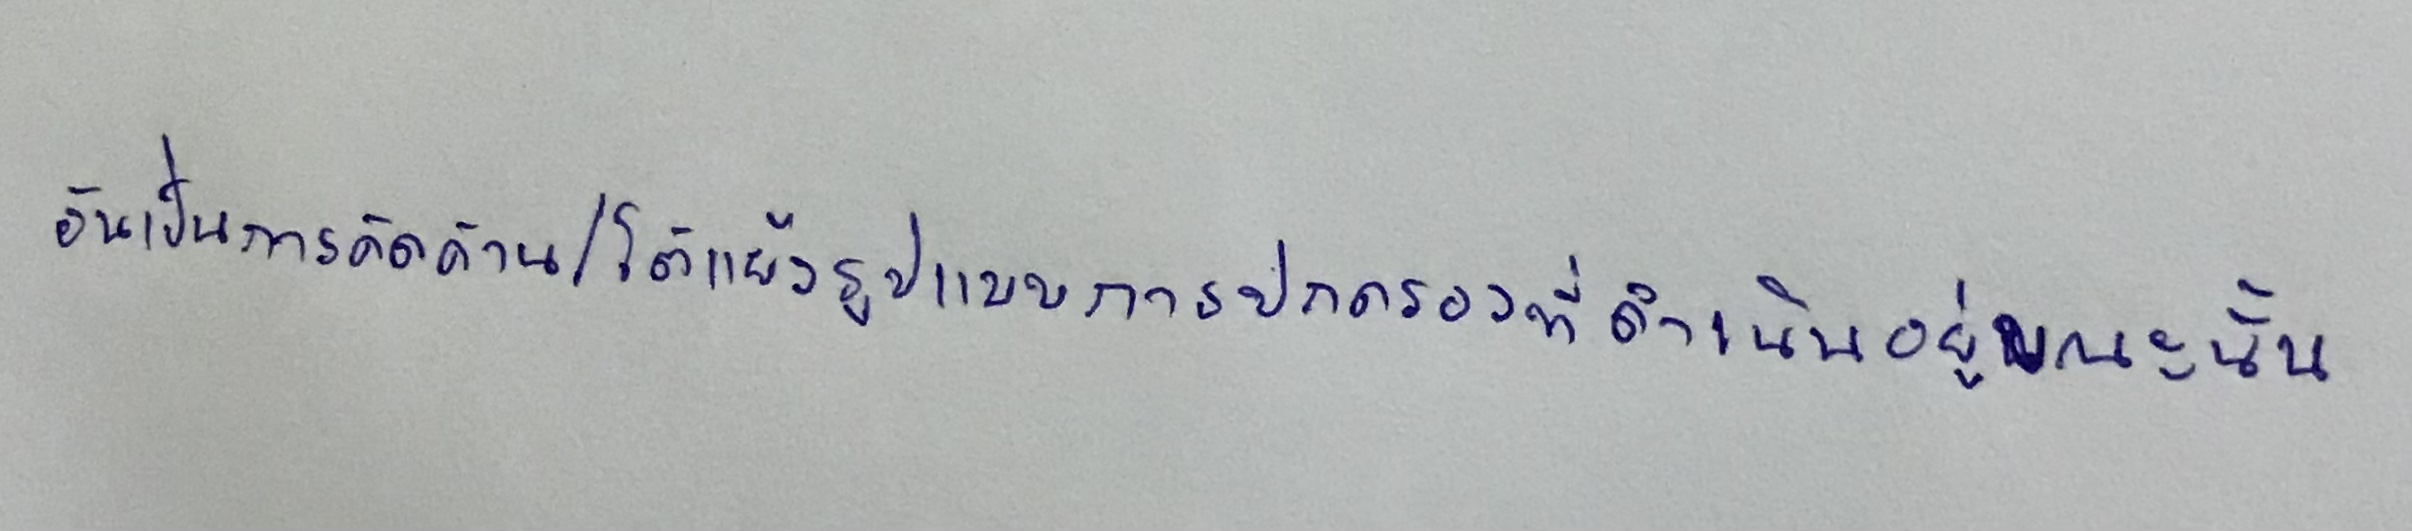
อันเป็นการคัดค้าน/โต้แย้งรูปแบบการปกครองที่ดำเนินอยู่ในขณะนั้น